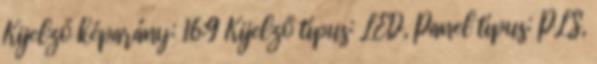
Kijelző képarány: 16:9 Kijelző típus: LED, Panel típus: PLS,